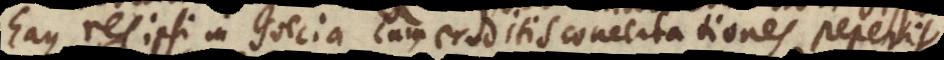
eaque res ipsi in Suecia cum eruditis concertationes peperit.